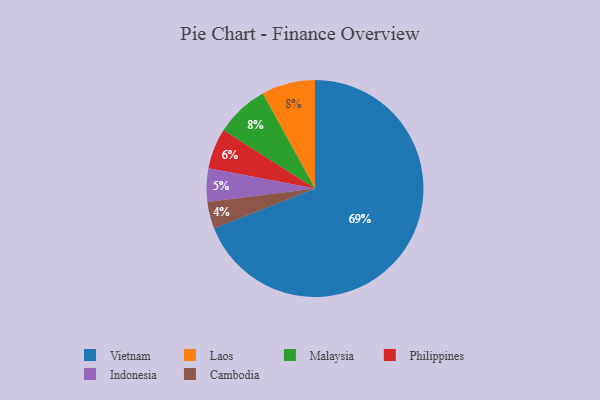
{"axis": {"x": "Category", "y": "Percentage"}, "legend": ["Cambodia", "Indonesia", "Laos", "Malaysia", "Philippines", "Vietnam"], "data": [{"x": "Philippines", "y": 6, "type": "Philippines"}, {"x": "Vietnam", "y": 69, "type": "Vietnam"}, {"x": "Cambodia", "y": 4, "type": "Cambodia"}, {"x": "Laos", "y": 8, "type": "Laos"}, {"x": "Indonesia", "y": 5, "type": "Indonesia"}, {"x": "Malaysia", "y": 8, "type": "Malaysia"}]}